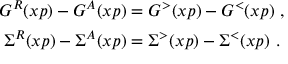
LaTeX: \begin{array} { c } { { G ^ { R } ( x p ) - G ^ { A } ( x p ) = G ^ { > } ( x p ) - G ^ { < } ( x p ) \mathrm { ~ , } \vphantom { \biggl ] } } } \\ { { \Sigma ^ { R } ( x p ) - \Sigma ^ { A } ( x p ) = \Sigma ^ { > } ( x p ) - \Sigma ^ { < } ( x p ) \mathrm { ~ . } } } \end{array}